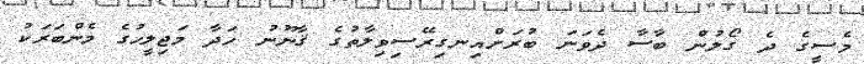
މެސީގެ ދެ ގޯލުން ބާސާ ދެވަނަ ބުރަށްއިނގިރޭސިވިލާތުގެ ޤާނޫނު ހަދާ މަޖިލީހުގެ މެންބަރަކު